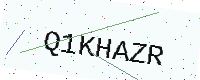
Text: Q1KHAZR